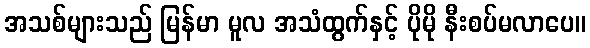
အသစ်များသည် မြန်မာ မူလ အသံထွက်နှင့် ပိုမို နီးစပ်မလာပေ။